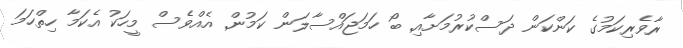
ރާވެރިކަމުގެ ކަންކަން ދަސްކުރުމަށާއި